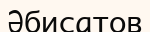
Әбисатов